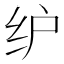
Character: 𰬁